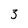
Character: 3